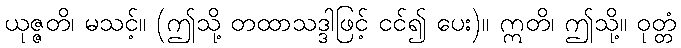
ယုဇ္ဇတိ၊ မသင့်။ (ဤသို့ တထာသဒ္ဒါဖြင့် ငင်၍ ပေး)။ ဣတိ၊ ဤသို့။ ဝုတ္တံ